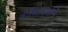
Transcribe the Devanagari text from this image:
वर्तमानमपि